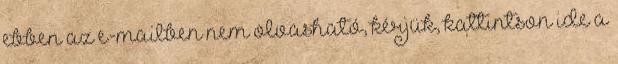
ebben az e-mailben nem olvasható, kérjük, kattintson ide a